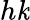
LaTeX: h\mathit{k}